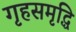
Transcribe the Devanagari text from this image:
गृहसमृद्धि